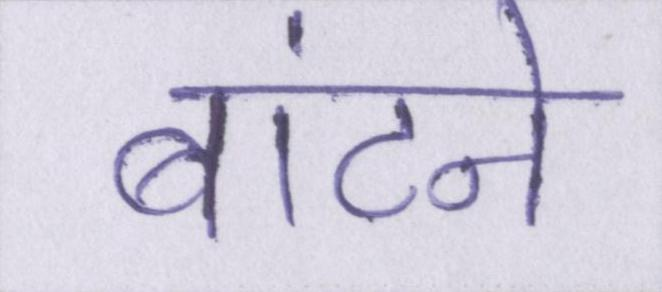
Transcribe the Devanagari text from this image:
बांटने